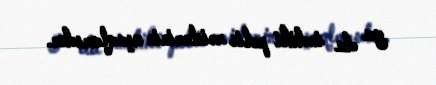
ya da indiki polis rəislərinin uşaqlarıdır.